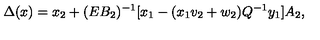
\Delta ( x ) = x _ { 2 } + ( E B _ { 2 } ) ^ { - 1 } \lbrack x _ { 1 } - ( x _ { 1 } v _ { 2 } + w _ { 2 } ) Q ^ { - 1 } y _ { 1 } \rbrack A _ { 2 } ,